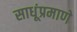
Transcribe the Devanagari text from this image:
साधूंप्रमाणे